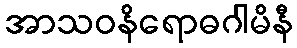
အာသဝနိရောဓဂါမိနီ